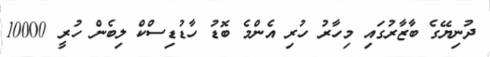
ދުނިޔޭގެ ބާޒާރުގައި މިހާރު ހުރި އެންމެ ބޮޑު ހާޑުޑިސްކް ލިބެން ހުރީ 10000